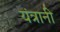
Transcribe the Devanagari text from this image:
यंत्रानी